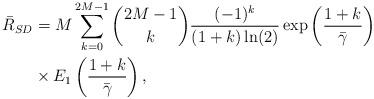
LaTeX: \begin{align*} \bar R_{SD}&= M \sum_{k=0}^{2M-1} {2M-1\choose k} \frac{(-1)^k}{(1+k)\ln(2)} \exp\left(\frac{1+k}{\bar\gamma}\right)\\ &\times E_1\left(\frac{1+k}{\bar \gamma}\right), \end{align*}